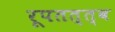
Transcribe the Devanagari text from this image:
रूपतत्त्व